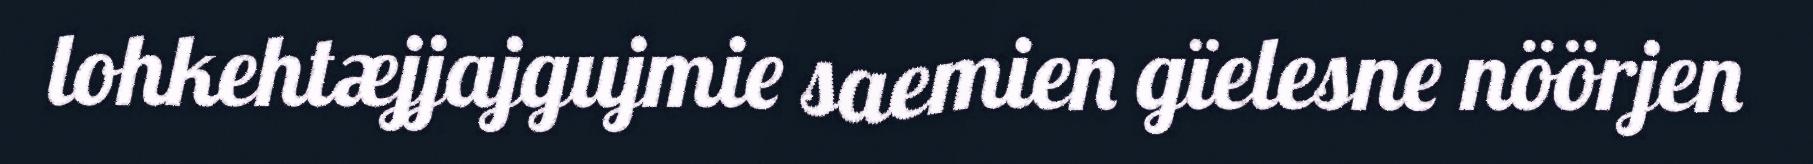
lohkehtæjjajgujmie saemien gïelesne nöörjen